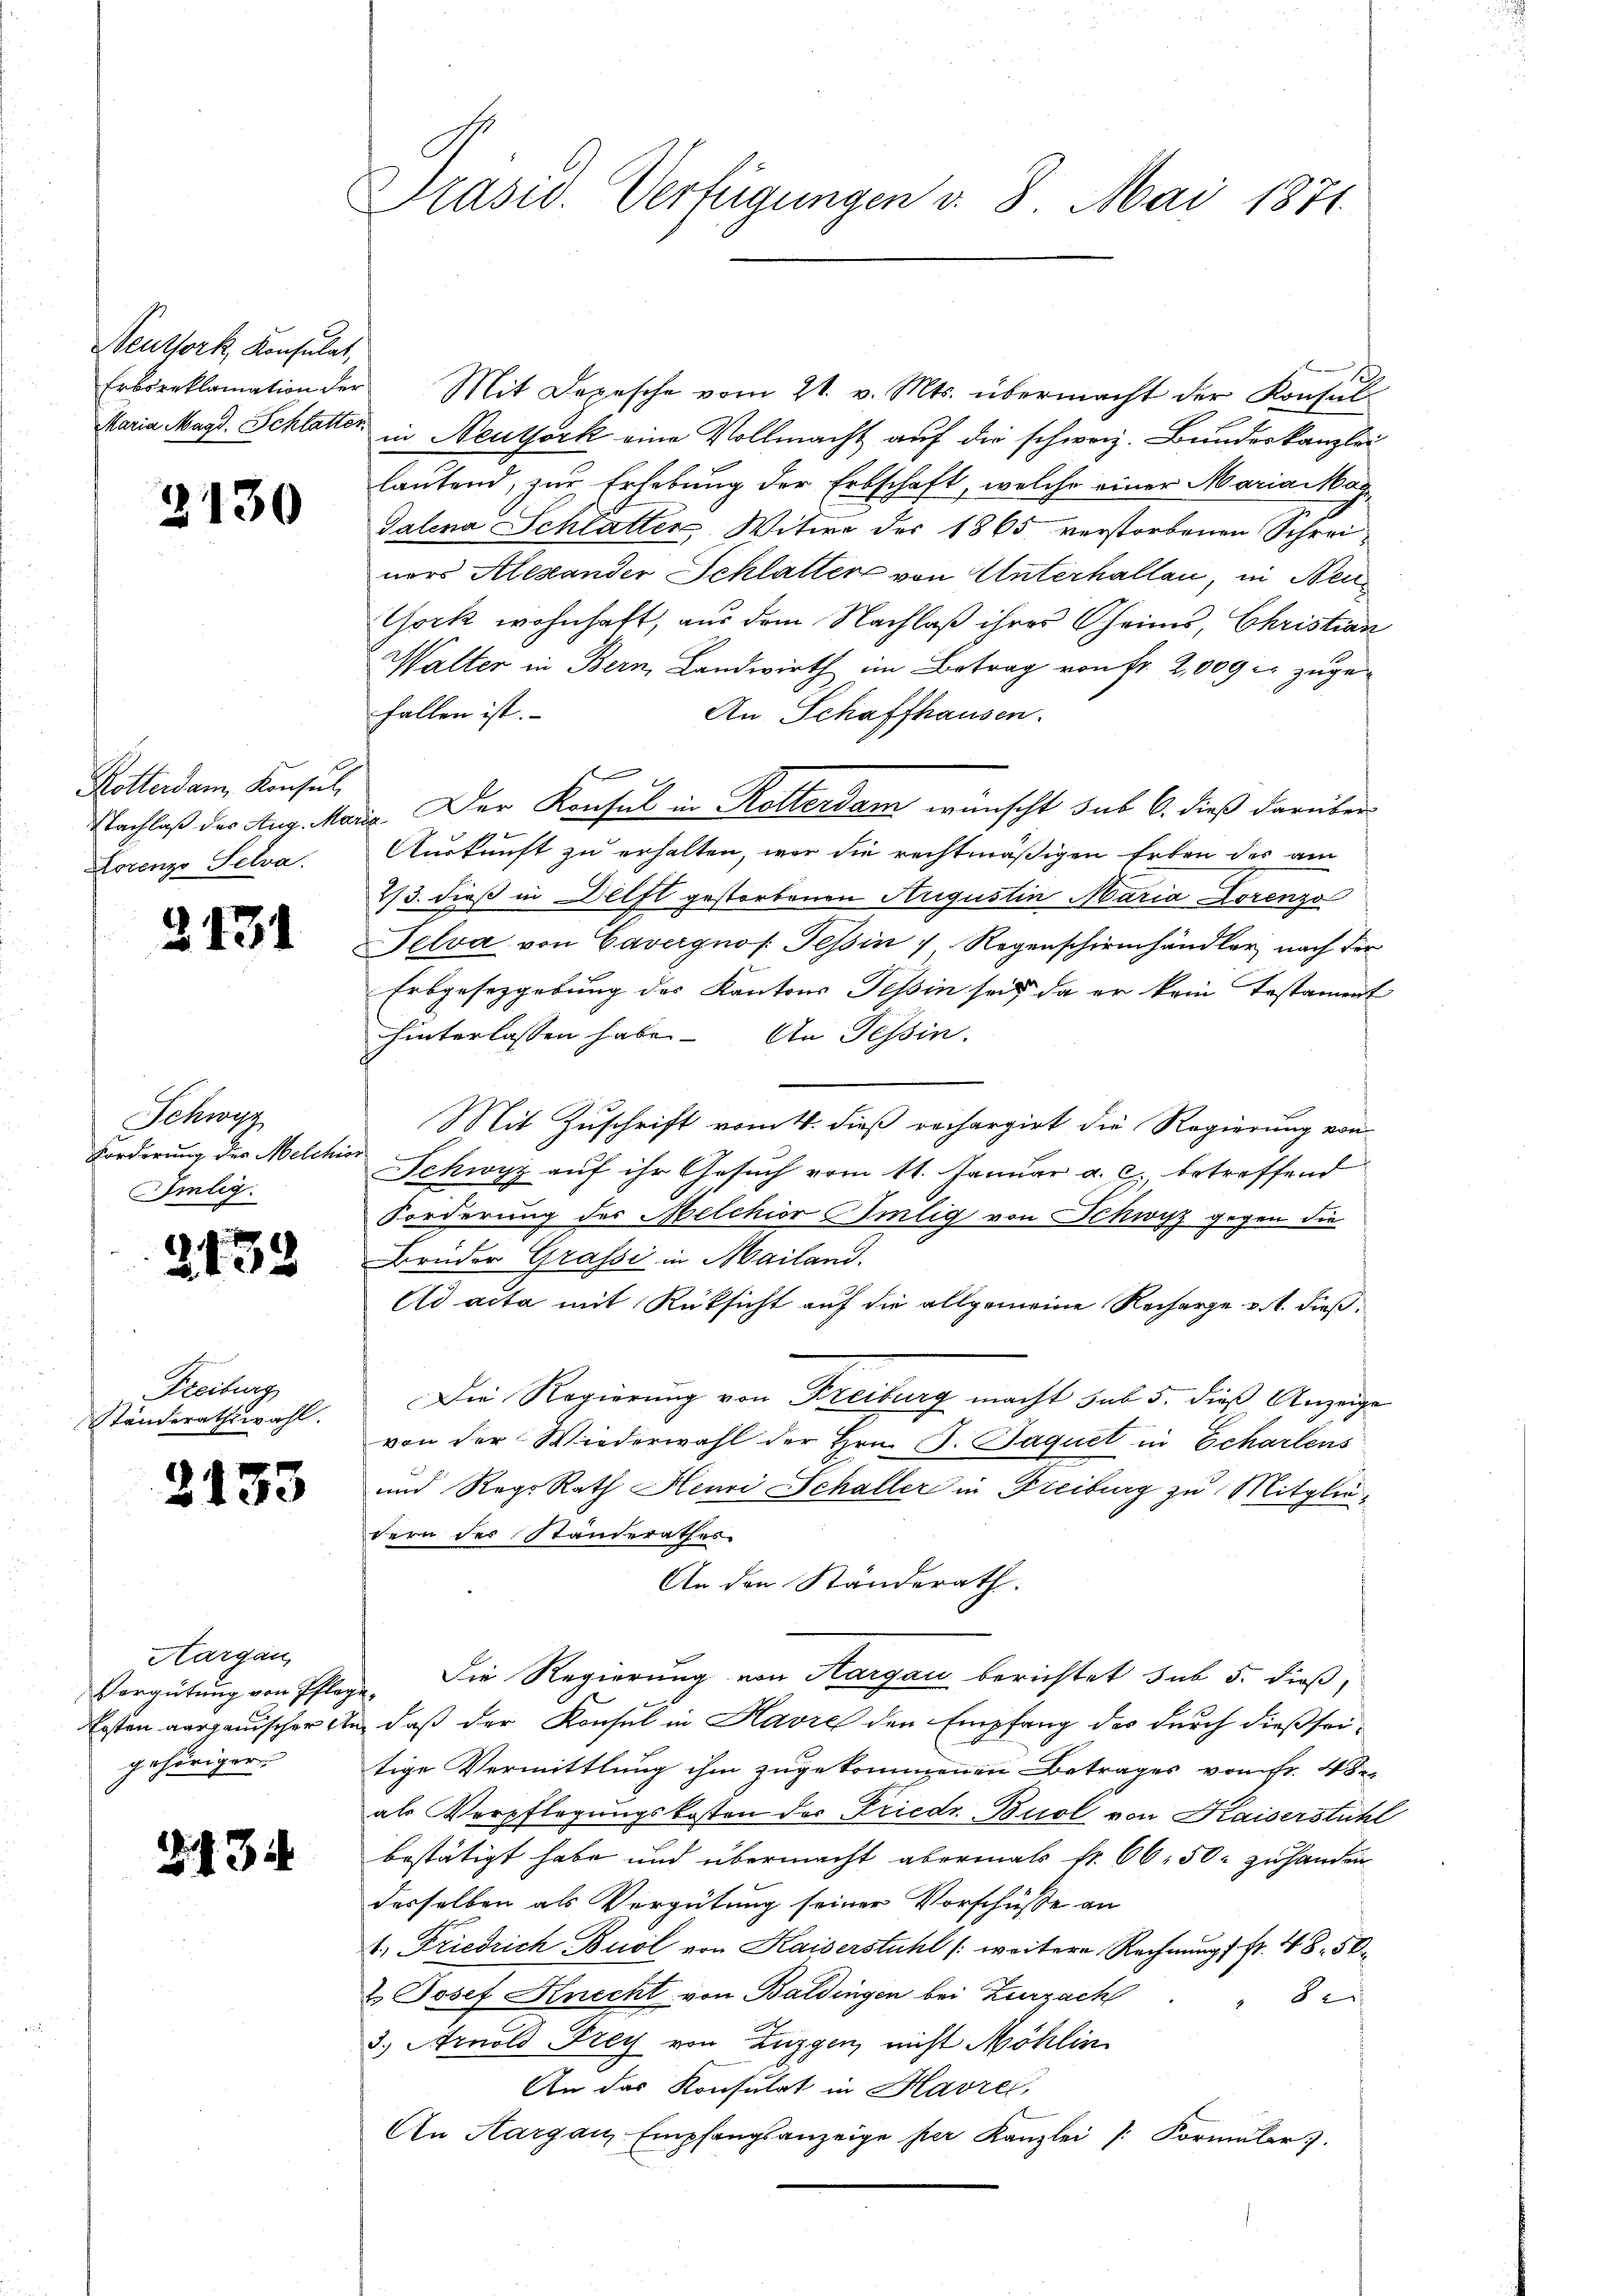
Seuthork, Konsulat,

2130

Rotterdam Konsul,
Lorenzo Selva.

3131

Schwyz
Forderung der Melche
Umleg.

2138

Freiburg
Ständerathswahl.

3133

Aargau,
gehöriger

2134

Prasiv. Verfügungen v. 8. Mai 1871

Erbiroklamation der Mit Depesche vom 21. v. Mts. übermacht der Konsul
Maria Magd. Schlatter in Neuthork eine Vollmacht auf die schweiz. Bundeskanzlei
lautend, zur Erhebung der Erbschaft, welche einer Maria Mag¬
Talena Schlatter Witwe der 1865 verstorbenen Schreiners Alexander Schlatter von Unterhalten, in Neu¬
Gock wohnhaft, aus dem Nachlaß ihrer Chrims, Christian
Walter in Bern, Landwirth im Betrag von Fr. 2,000 er zugefallen ist.
An Schaffhausen.
f
Nachlaß des Aug. Marie. Der Konsul in Rotterdam wünscht sub 6. dieß darüber
Auskunft zu erhalten, war die rechtmäßigen Erben des am
2/3. dieß in Delft gestorbenen Augustin Maria Lorenzo
Selva von Cavergnof. Tessin " Regenschirmhändler nach der
Erbgesetzgebung des Kantons Tessin sei, da er kein Testament
hinterlassen habe. An Tessin.
Mit Zuschrift vom 4. dieß rechargirt die Regierung von
ach
Schwyz auf ihr Gesuch vom 11. Januar a. c. betreffend
Forderung des Melchior umlig von Schwyz gegen die
Brüder Grafsi in Mailand.
Ad acta mit Rüksicht auf die allgemeine Recharge v. 1. dieß¬
Die Regierung von Freiburg macht sub 5. dieß Anzeige
von der Wiederwahl der Hrn. P. Jaquet in Echartens
und Reg. Rath Henri Schaller in Freiburg zu Mitgliedern des Standerathes
An den Ständerath.
Vergütung von Pflage. Die Regierung von Aargau berichtet sub 5. dieß,
Ersten aargauischer an, daß der Konsul in Havre den Empfang des durch dießseitige Vermittlung ihm zugekommenen Betrages vom fr. 4 de
als Verpflegungskosten der Friedr. Buol von Kaiserstühl
bestätigt habe und übermacht abermals fr. 66. 50. zu handen
desselben als Vergütung seiner Vorschüsse an
41, Friedrich Buol von Kaiserstuhl /: weitere Rechnung fr. 48. 50
2. Josef Knecht von Baldingen bei Zurzach
8
3.) Arnold Frey von Zuzgen, nicht Möhlin
An das Konsulat in Havre,
An Aargau, Empfangsanzeige per Kanzlei /: Kormŭlar z.